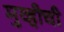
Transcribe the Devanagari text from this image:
मुव्हीची